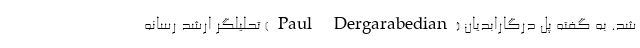
شد. به گفته پل درگارابدیان (Paul Dergarabedian) تحلیلگر ارشد رسانه